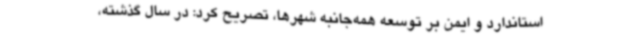
استاندارد و ایمن بر توسعه همه‌جانبه شهرها، تصریح کرد: در سال گذشته،